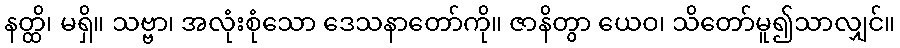
နတ္ထိ၊ မရှိ။ သဗ္ဗာ၊ အလုံးစုံသော ဒေသနာတော်ကို။ ဇာနိတွာ ယေဝ၊ သိတော်မူ၍သာလျှင်။